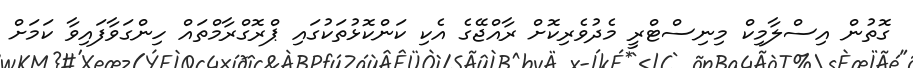
ގޮތުން އިސްލާމިކް މިނިސްޓްރީ މެދުވެރިކޮށް ރާއްޖޭގެ އެކި ކަންކޮޅުތަކުގައި ޕްރޮގްރާމްތައް ހިންގަވާފައިވާ ކަމަށް